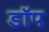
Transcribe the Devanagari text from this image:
डॉप